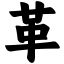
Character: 革